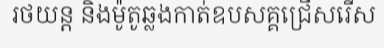
រថយន្ត និងម៉ូតូឆ្លងកាត់ឧបសគ្គជ្រើសរើស